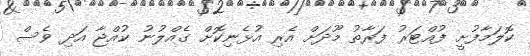
ކޮލަމާފުށީ ފުއްޓަރު ފަރާތު މޫދަށް އެރި އުޅެނިކޮށް ގެއްލުނު ކުއްޖާ އަދި ވެސް